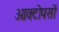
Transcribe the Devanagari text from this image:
ओक्टोपसों